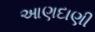
આણદાણી